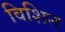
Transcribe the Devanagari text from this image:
विशिन